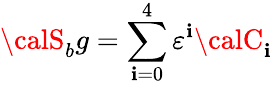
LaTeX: {\calS}_{b}g=\sum_{\mathbf{i}=0}^{4}\varepsilon^{\mathbf{i}}{\calC}_{\mathbf{i}}